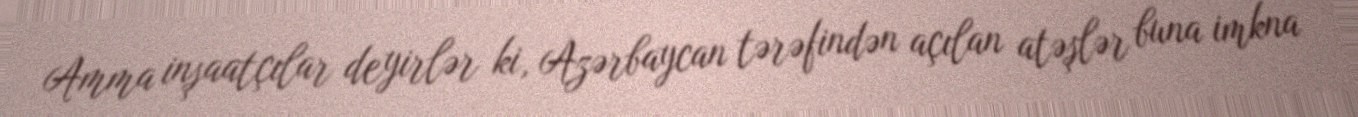
Amma inşaatçılar deyirlər ki, Azərbaycan tərəfindən açılan atəşlər buna imkna